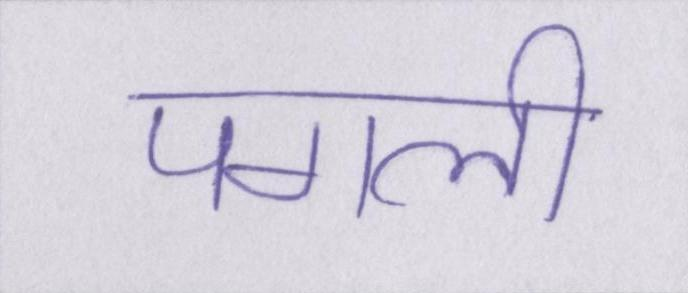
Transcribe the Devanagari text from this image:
पगली